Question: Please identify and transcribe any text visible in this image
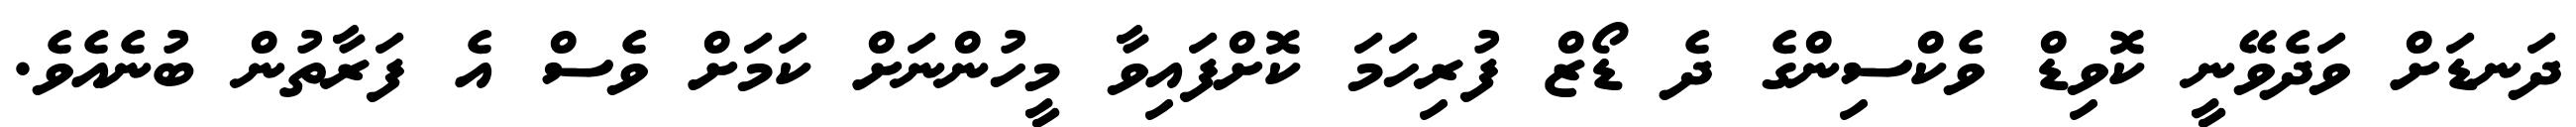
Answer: ދަނޑަށް ވަދެވޭނީ ކޮވިޑް ވެކްސިންގެ ދެ ޑޯޒް ފުރިހަމަ ކޮށްފައިވާ މީހުންނަށް ކަމަށް ވެސް އެ ފަރާތުން ބުނެއެވެ.